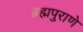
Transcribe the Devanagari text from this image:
ब्रह्मपुराणे